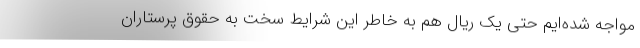
مواجه شده‌ایم حتی یک ریال هم به خاطر این شرایط سخت به حقوق پرستاران